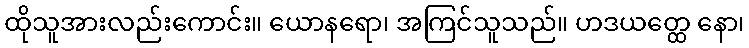
ထိုသူအားလည်းကောင်း။ ယောနရော၊ အကြင်သူသည်။ ဟဒယတ္ထေ နော၊